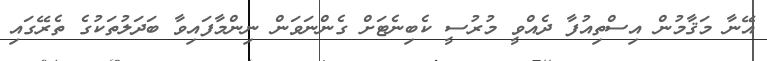
އޭނާ މަޤާމުން އިސްތިއުފާ ދެއްވީ މުރުސީ ކެބިނެޓަށް ގެންނަވަން ނިންމާފައިވާ ބަދަލުތަކުގެ ތެރޭގައި